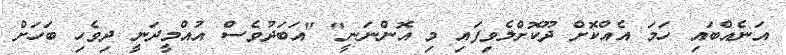
އަނެއްބައި ހަމަ އެއްކޮށް ދޫކޮށްލެވިފައި މި އޮންނަނީ" "އަބަދުވެސް އުއްމީދަނީ ދިވެހި ބަހަށް